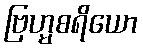
ဗြဟ္မစရိယော